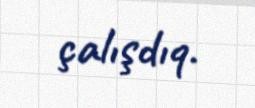
çalışdıq.